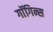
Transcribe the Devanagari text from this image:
गाॅगिन्स